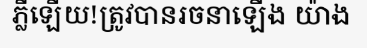
ភ្លឺឡើយ!ត្រូវបានរចនាឡើង យ៉ាង